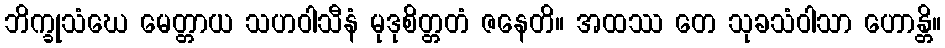
ဘိက္ခုသံဃေ မေတ္တာယ သဟဝါသီနံ မုဒုစိတ္တတံ ဇနေတိ။ အထဿ တေ သုခသံဝါသာ ဟောန္တိ။